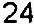
24